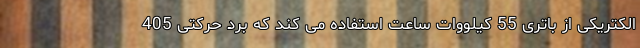
الکتریکی از باتری 55 کیلووات ساعت استفاده می کند که برد حرکتی 405